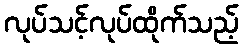
လုပ်သင့်လုပ်ထိုက်သည့်